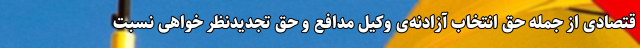
قتصادی از جمله حق انتخاب آزادنه‌ی وکیل مدافع و حق تجدیدنظر خواهی نسبت